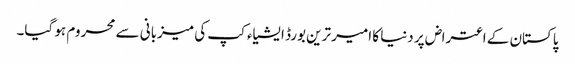
پاکستان کے اعتراض پر دنیا کا امیر ترین بورڈ ایشیاء کپ کی میزبانی سے محروم ہو گیا۔